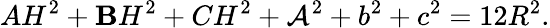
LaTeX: AH^{2}+\mathbf{B}H^{2}+CH^{2}+\mathcal{A}^{2}+b^{2}+c^{2}=12R^{2}.